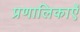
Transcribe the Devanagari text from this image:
प्रणालिकाएँ